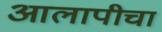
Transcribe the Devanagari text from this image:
आलापीचा